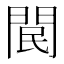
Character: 𨳶